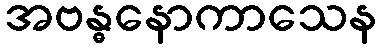
အဗန္ဓနောကာသေန